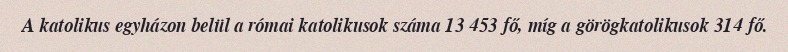
A katolikus egyházon belül a római katolikusok száma 13 453 fő, míg a görögkatolikusok 314 fő.